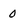
Character: 0